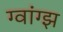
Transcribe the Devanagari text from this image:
ग्वांग्झ